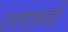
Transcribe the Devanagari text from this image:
रदरफ़र्ड